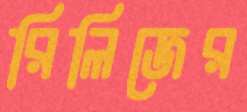
রিলিজের